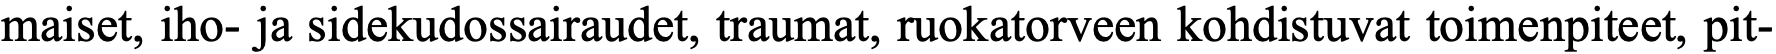
maiset, iho- ja sidekudossairaudet, traumat, ruokatorveen kohdistuvat toimenpiteet, pit-